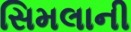
સિમલાની